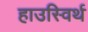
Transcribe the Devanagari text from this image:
हाउस्विर्थ